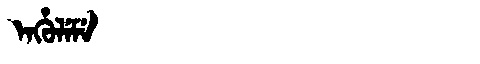
Manchu: ᡝᠨᡥᡠᠯᡝᠮᡝ
Romanization: ENHULEME